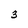
Character: 3